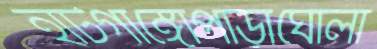
হাটগাঙ্গোপাড়াঘোলা